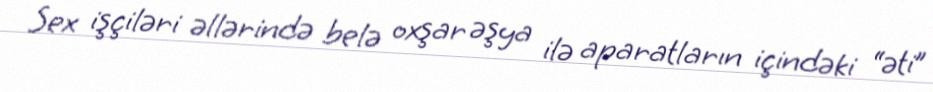
Sex işçiləri əllərində belə oxşar əşya ilə aparatların içindəki “əti”